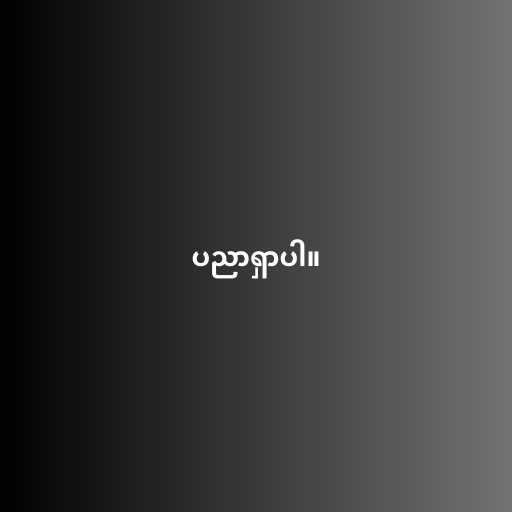
ပညာရှာပါ။